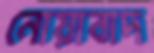
নোয়াবাদ